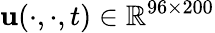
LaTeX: \mathbf{u}(\cdot,\cdot,t)\in\mathbb{{R}}^{96\times200}